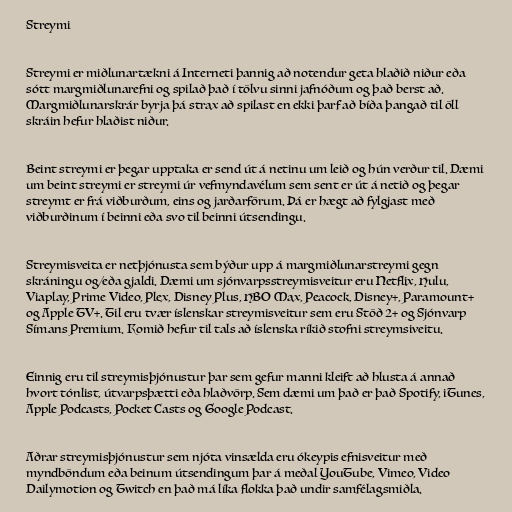
Streymi

Streymi er miðlunartækni á Interneti þannig að notendur geta hlaðið niður eða
sótt margmiðlunarefni og spilað það í tölvu sinni jafnóðum og það berst að.
Margmiðlunarskrár byrja þá strax að spilast en ekki þarf að bíða þangað til öll
skráin hefur hlaðist niður.

Beint streymi er þegar upptaka er send út á netinu um leið og hún verður til. Dæmi
um beint streymi er streymi úr vefmyndavélum sem sent er út á netið og þegar
streymt er frá viðburðum, eins og jarðarförum. Þá er hægt að fylgjast með
viðburðinum í beinni eða svo til beinni útsendingu.

Streymisveita er netþjónusta sem býður upp á margmiðlunarstreymi gegn
skráningu og/eða gjaldi. Dæmi um sjónvarpsstreymisveitur eru Netflix, Hulu,
Viaplay, Prime Video, Plex, Disney Plus, HBO Max, Peacock, Disney+, Paramount+
og Apple TV+. Til eru tvær íslenskar streymisveitur sem eru Stöð 2+ og Sjónvarp
Símans Premium. Komið hefur til tals að íslenska ríkið stofni streymsiveitu.

Einnig eru til streymisþjónustur þar sem gefur manni kleift að hlusta á annað
hvort tónlist, útvarpsþætti eða hlaðvörp. Sem dæmi um það er það Spotify, iTunes,
Apple Podcasts, Pocket Casts og Google Podcast.

Aðrar streymisþjónustur sem njóta vinsælda eru ókeypis efnisveitur með
myndböndum eða beinum útsendingum þar á meðal YouTube, Vimeo, Video
Dailymotion og Twitch en það má líka flokka það undir samfélagsmiðla.